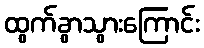
ထွက်ခွာသွားကြောင်း